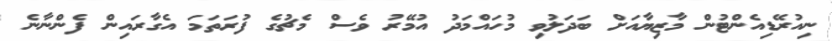
ނިއުރޭޑިއެންޓުން މާޒިޔާއަށް ބަދަލުވި މުހައްމަދު އުމޭރު ވެސް މެޗުގެ ފުރަތަމަ އެގާރައިން ފެންނާނެ